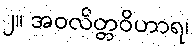
၂။ အဝလိတ္တဝိဟာရ၊